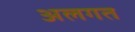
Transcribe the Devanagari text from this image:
अलगत